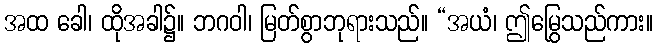
အထ ခေါ၊ ထိုအခါ၌။ ဘဂဝါ၊ မြတ်စွာဘုရားသည်။ “အယံ၊ ဤမြွေသည်ကား။